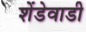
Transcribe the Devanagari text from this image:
शेंडेवाडी